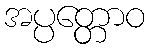
အပ္ပတ္တောဝ